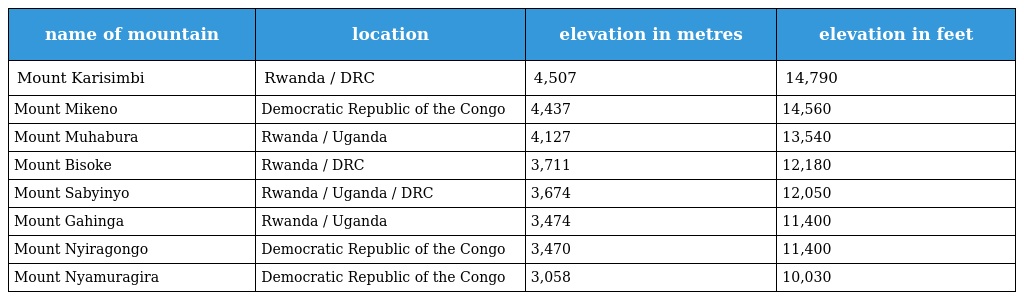
| name of mountain | location | elevation in metres | elevation in feet |
 | --- | --- | --- | --- |
 | Mount Karisimbi | Rwanda / DRC | 4,507 | 14,790 |
 | Mount Mikeno | Democratic Republic of the Congo | 4,437 | 14,560 |
 | Mount Muhabura | Rwanda / Uganda | 4,127 | 13,540 |
 | Mount Bisoke | Rwanda / DRC | 3,711 | 12,180 |
 | Mount Sabyinyo | Rwanda / Uganda / DRC | 3,674 | 12,050 |
 | Mount Gahinga | Rwanda / Uganda | 3,474 | 11,400 |
 | Mount Nyiragongo | Democratic Republic of the Congo | 3,470 | 11,400 |
 | Mount Nyamuragira | Democratic Republic of the Congo | 3,058 | 10,030 |